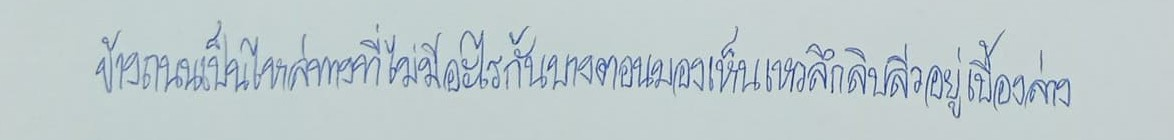
ข้างถนนเป็นไหล่ทางที่ไม่มีอะไรกั้นบางตอนมองเห็นเหวลึกลิบลิ่วอยู่เบื้องล่าง